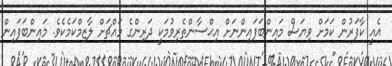
އެއީ ކާފަރުން ކަމަށް ވިޔަސް މައިންބަފައިންނަށް އިޙްސާންތެރިވުމަކީ ދަރިންގެ މައްޗަށް ލާޒިމްކަމެކެވެ. މައިންބަފައިން